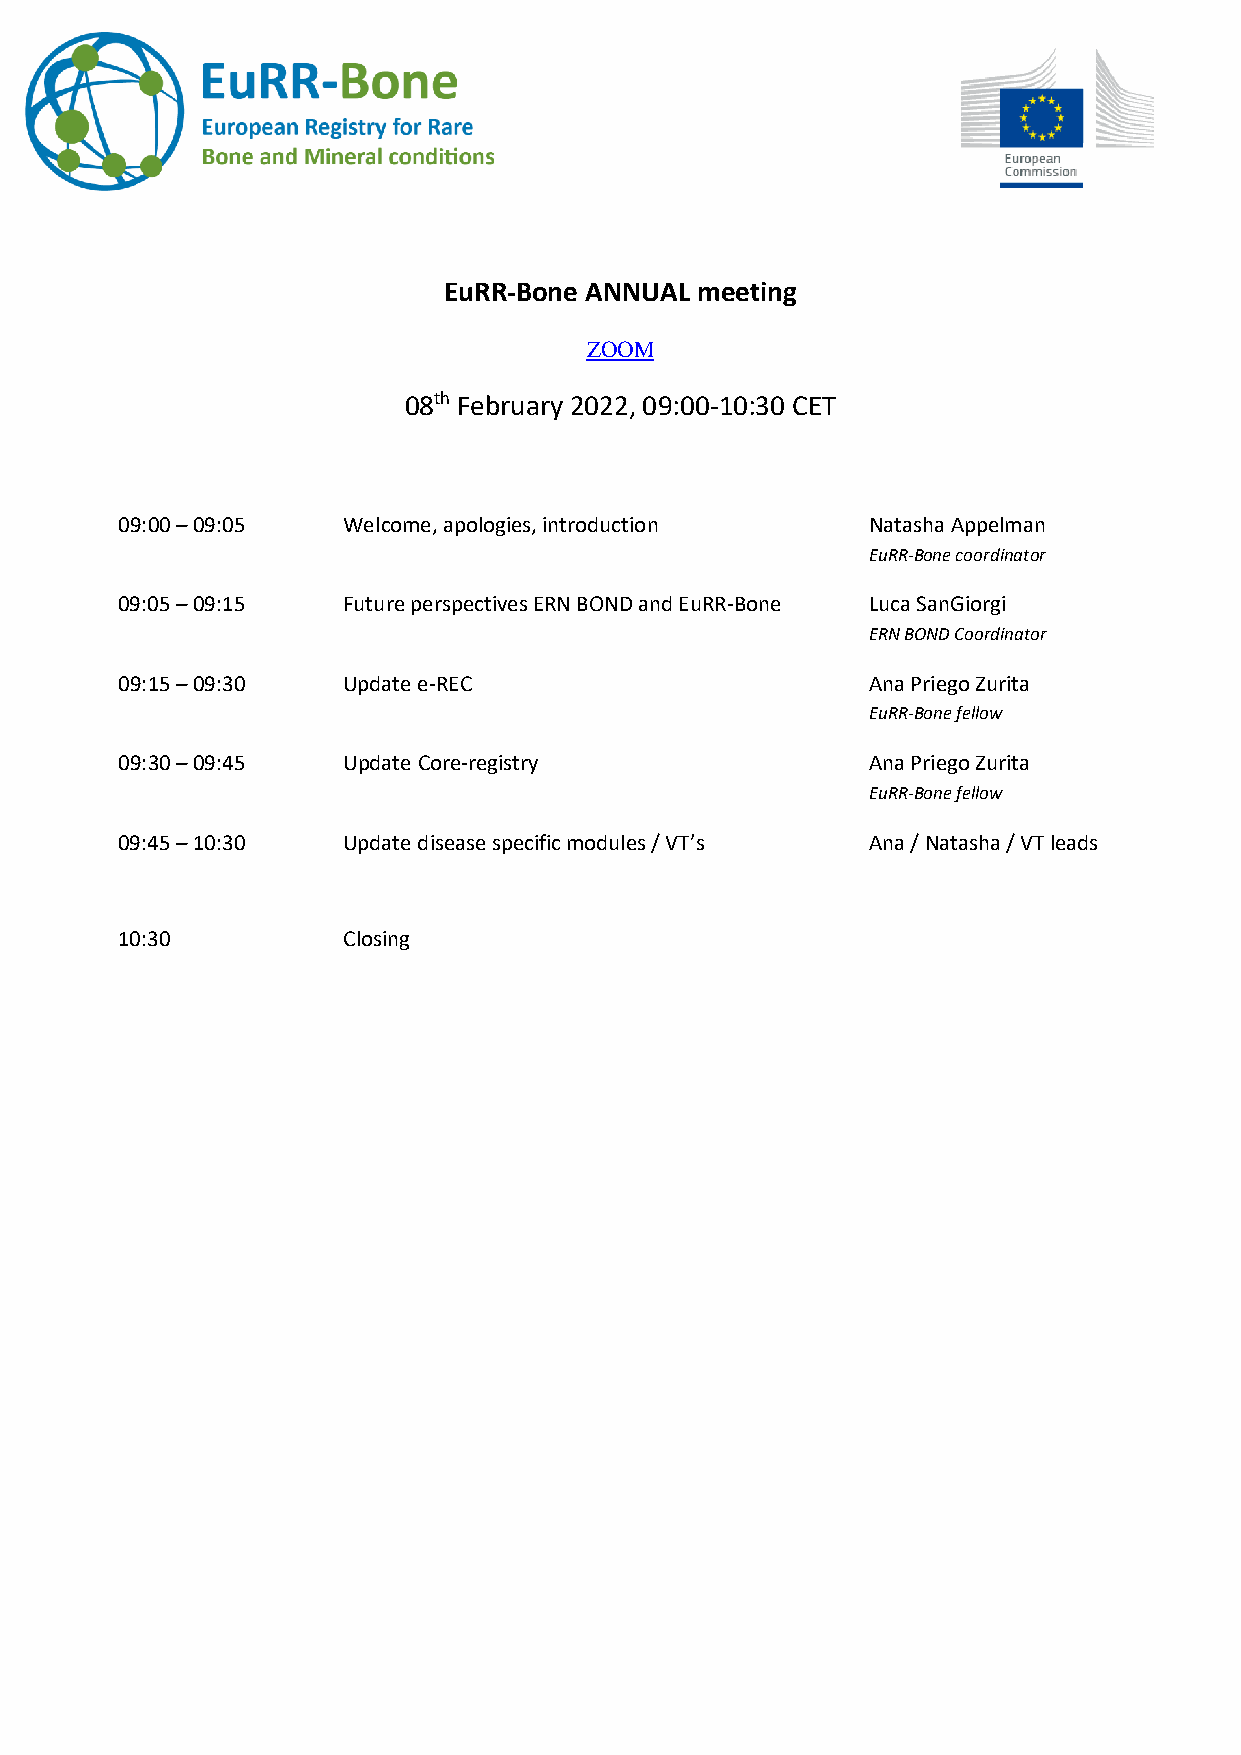
EuRR-Bone ANNUAL meeting
 ZOOM
 08th February 2022, 09:00-10:30 CET
 09:00 – 09:05  Welcome, apologies, introduction  Natasha Appelman
 EuRR-Bone coordinator
 09:05 – 09:15  Future perspectives ERN BOND and EuRR-Bone Luca SanGiorgi
 ERN BOND Coordinator
 09:15 – 09:30  Update e-REC                      Ana Priego Zurita
 EuRR-Bone fellow
 09:30 – 09:45  Update Core-registry              Ana Priego Zurita
 EuRR-Bone fellow
 09:45 – 10:30  Update disease specific modules / VT’s Ana / Natasha / VT leads
 10:30          Closing